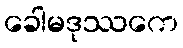
ခေါမဒုဿကေ